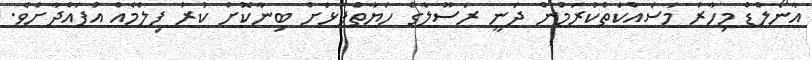
އާނޯލްޑް މިހާރު މަސައްކަތްކުރަމުން ދަނީ ރަސޫލާގެ ހަޔާތްޕުޅަށް ބިނާކޮށް ކުރު ފިލްމެއް އުފައްދާށެވެ.